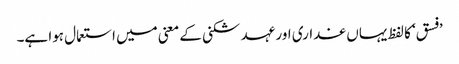
’فسق‘ کا لفظ یہاں غداری اور عہد شکنی کے معنی میں استعمال ہوا ہے۔